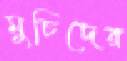
মুচিদের